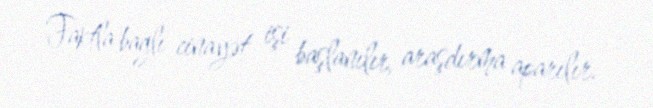
Faktla bağlı cinayət işi başlanılır, araşdırma aparılır.